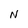
Character: N